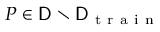
P \in \mathsf { D } \setminus \mathsf { D } _ { \mathrm { ~ t ~ r ~ a ~ i ~ n ~ } }